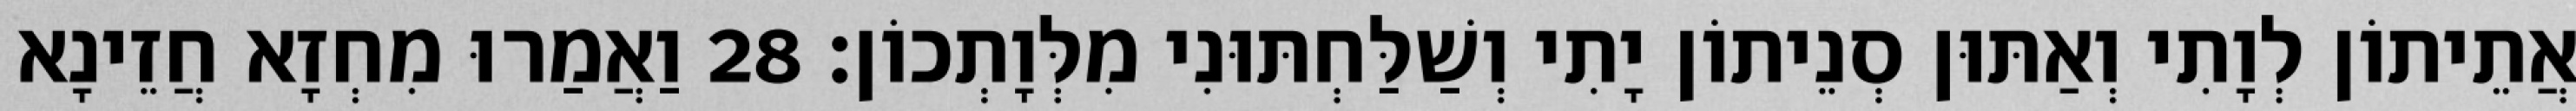
אֲתֵיתוֹן לְוָתִי וְאַתּוּן סְנֵיתוֹן יָתִי וְשַׁלַּחְתּוּנִי מִלְּוָתְכוֹן׃ 28 וַאֲמַרוּ מִחְזָא חֲזֵינָא